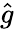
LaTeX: \widehat g